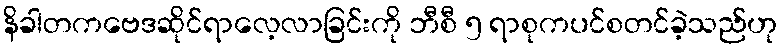
နိခါတကဗေဒဆိုင်ရာလေ့လာခြင်းကို ဘီစီ ၅ ရာစုကပင်စတင်ခဲ့သည်ဟု